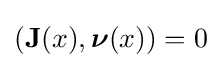
(\mathbf {J} (x),{\boldsymbol {\nu }}(x))=0